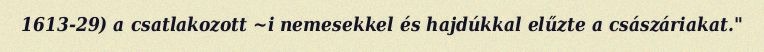
1613-29) a csatlakozott ~i nemesekkel és hajdúkkal elűzte a császáriakat."